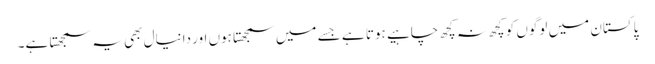
پاکستان میں لوگوں کو کچھ نہ کچھ چاہیے ہوتا ہے جسے میں سمجھتا ہوں اور دانیال بھی یہ سمجھتا ہے۔